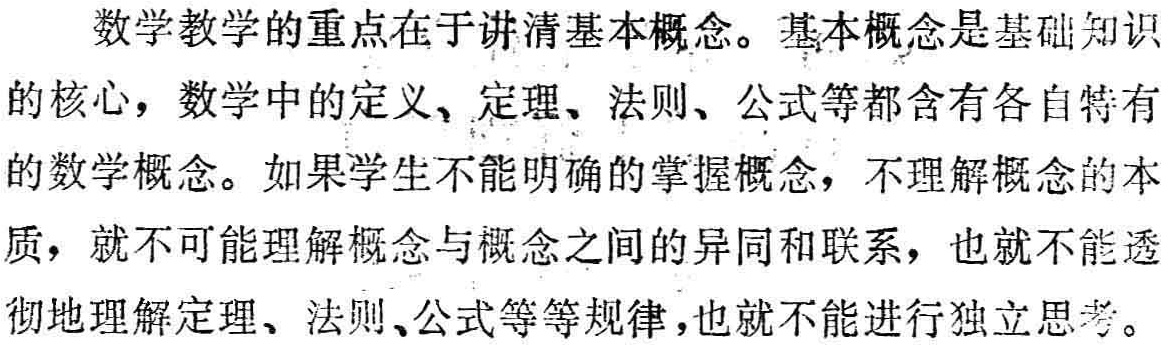
数学教学的重点在于讲清基本概念。基本概念是基础知识的核心，数学中的定义、定理、法则、公式等都含有各自特有的数学概念。如果学生不能明确的掌握概念，不理解概念的本质，就不可能理解概念与概念之间的异同和联系，也就不能透彻地理解定理、法则、公式等等规律，也就不能进行独立思考。